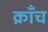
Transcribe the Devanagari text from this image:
क्राँच